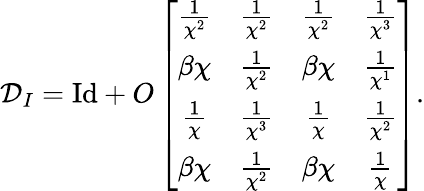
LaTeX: \mathcal{D}_{I}=\mathrm{Id}+O\left[\begin{array}{cccc}{\frac{1}{\chi^{2}}}&{\frac{1}{\chi^{2}}}&{\frac{1}{\chi^{2}}}&{\frac{1}{\chi^{3}}}\\ {\beta\chi}&{\frac{1}{\chi^{2}}}&{\beta\chi}&{\frac{1}{\chi^{1}}}\\ {\frac{1}{\chi}}&{\frac{1}{\chi^{3}}}&{\frac{1}{\chi}}&{\frac{1}{\chi^{2}}}\\ {\beta\chi}&{\frac{1}{\chi^{2}}}&{\beta\chi}&{\frac{1}{\chi}}\end{array}\right].